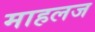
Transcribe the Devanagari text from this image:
माहलज